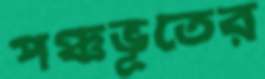
পঞ্চভূতের